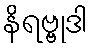
နိရဗ္ဗုဒါ